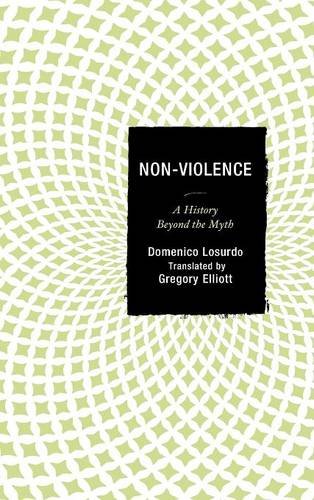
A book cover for Non-Violence: A History Beyond the Myth; Domenico Losurdo; Religion & Spirituality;